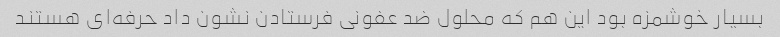
بسیار خوشمزه بود این هم که محلول ضد عفونی فرستادن نشون داد حرفه‌ای هستند